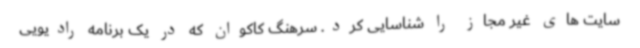
سایت های غیر مجاز را شناسایی کرد. سرهنگ کاکوان که در یک برنامه رادیویی